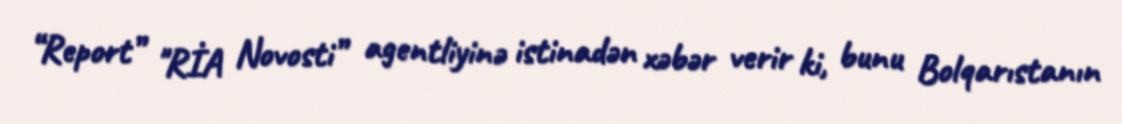
“Report” "RİA Novosti” agentliyinə istinadən xəbər verir ki, bunu Bolqarıstanın